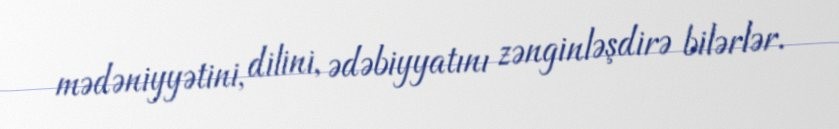
mədəniyyətini, dilini, ədəbiyyatını zənginləşdirə bilərlər.